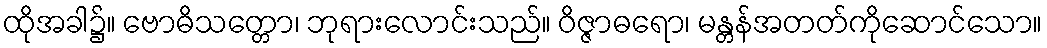
ထိုအခါ၌။ ဗောဓိသတ္တော၊ ဘုရားလောင်းသည်။ ဝိဇ္ဇာဓရော၊ မန္တန်အတတ်ကိုဆောင်သော။